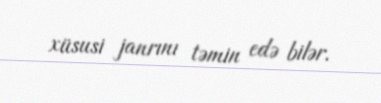
xüsusi janrını təmin edə bilər.